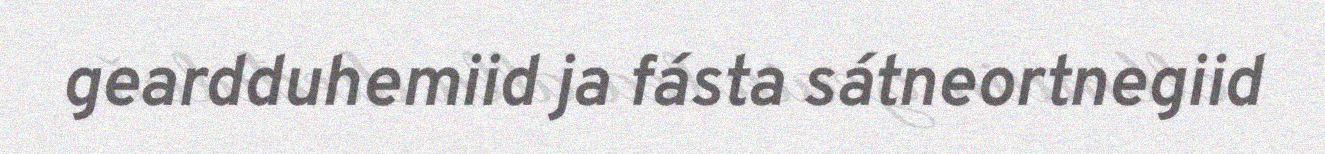
geardduhemiid ja fásta sátneortnegiid